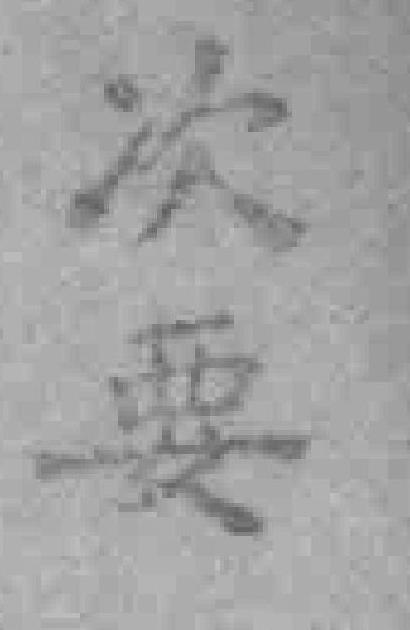
次要